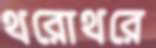
থরোথরে